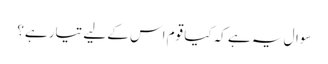
سوال یہ ہے کہ کیا قوم اس کے لیے تیار ہے؟